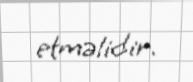
etməlidir.